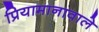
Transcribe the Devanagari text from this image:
प्रियामानावाले